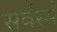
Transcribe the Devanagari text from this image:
सर्वस्मै